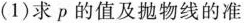
(1)求p的值及抛物线的准